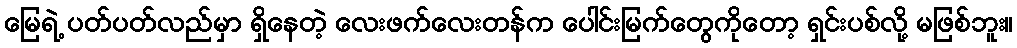
မြေရဲ့ ပတ်ပတ်လည်မှာ ရှိနေတဲ့ လေးဖက်လေးတန်က ပေါင်းမြက်တွေကိုတော့ ရှင်းပစ်လို့ မဖြစ်ဘူး။